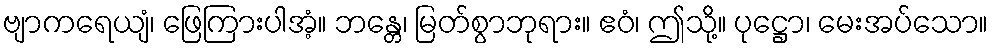
ဗျာကရေယျံ၊ ဖြေကြားပါအံ့။ ဘန္တေ၊ မြတ်စွာဘုရား။ ဧဝံ၊ ဤသို့။ ပုဋ္ဌော၊ မေးအပ်သော။